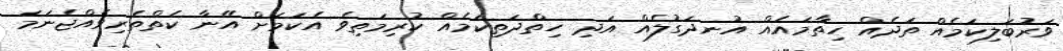
ވަރުބަލިކަމެއް ތަދެއް ހިތާމައެއް އުނދަގުލެއް އަދި ހިތްދަތިކަމެއް ކުރިމަތިވެ އެކަމަށް އޭނާ ކެތްތެރިވެއްޖެނަމަ